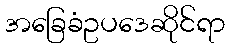
အခြေခံဥပဒေဆိုင်ရာ